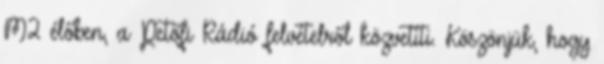
M2 élőben, a Petőfi Rádió felvételről közvetíti. Köszönjük, hogy